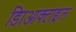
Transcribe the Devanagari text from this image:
डािआक्टाइल